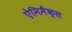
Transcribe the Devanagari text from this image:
ऐनिमैक्स